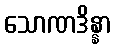
သောဏဒိန္နာ